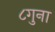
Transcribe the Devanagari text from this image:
८गुना